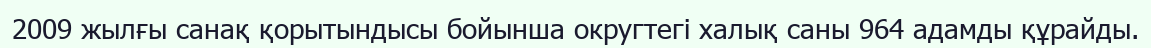
2009 жылғы санақ қорытындысы бойынша округтегі халық саны 964 адамды құрайды.